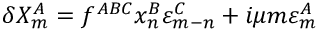
\delta X _ { m } ^ { A } = f ^ { A B C } x _ { n } ^ { B } \varepsilon _ { m - n } ^ { C } + i \mu m \varepsilon _ { m } ^ { A }